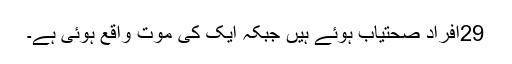
29اَفراد صحتیاب ہوئے ہیں جبکہ ایک کی موت واقع ہوئی ہے۔